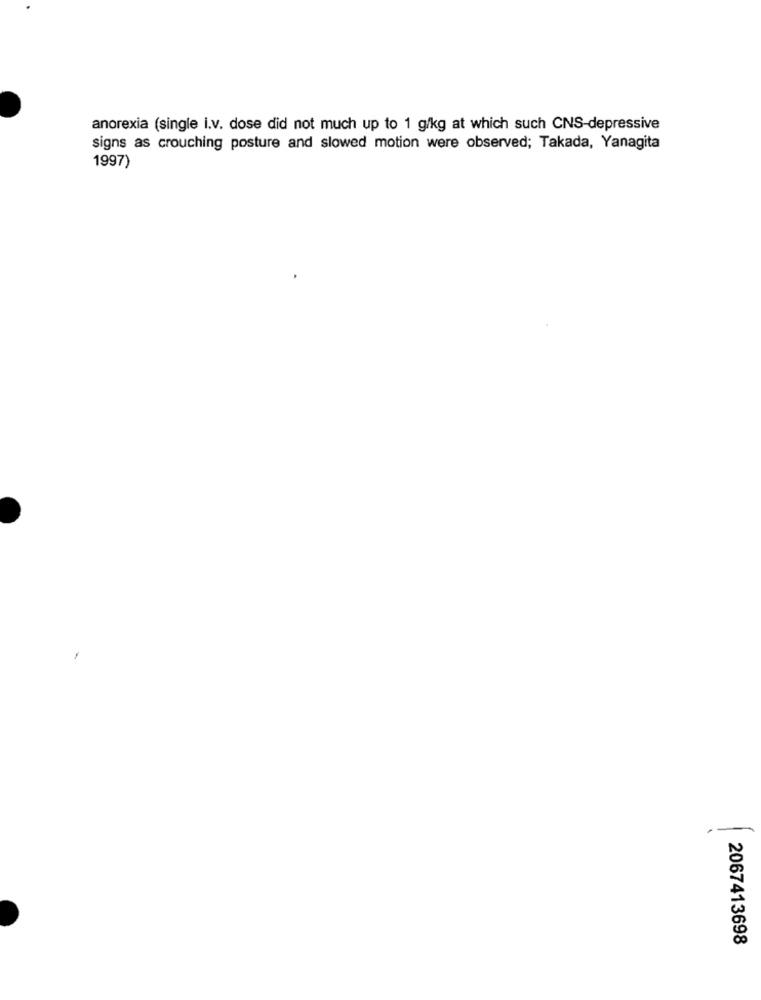
anorexia (single i.v. dose did not much up to 1 g/kg at which such CNS-depressive
signs as crouching posture and slowed motion were observed; Takada, Yanagita
1997)
2067413698